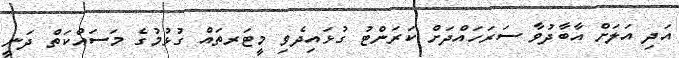
އަދި އަލަށް އާބާދުވާ ސަރަހައްދަށް ކަރަންޓު ގުޅައިދެވި މީޓަރތައް ގުޅުމުގެ މަސައްކަތް ދަނީ